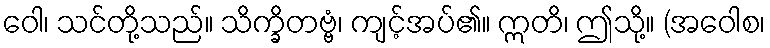
ဝေါ၊ သင်တို့သည်။ သိက္ခိတဗ္ဗံ၊ ကျင့်အပ်၏။ ဣတိ၊ ဤသို့။ (အဝေါစ၊